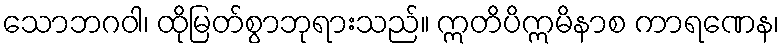
သောဘဂဝါ၊ ထိုမြတ်စွာဘုရားသည်။ ဣတိပိဣမိနာစ ကာရဏေန၊